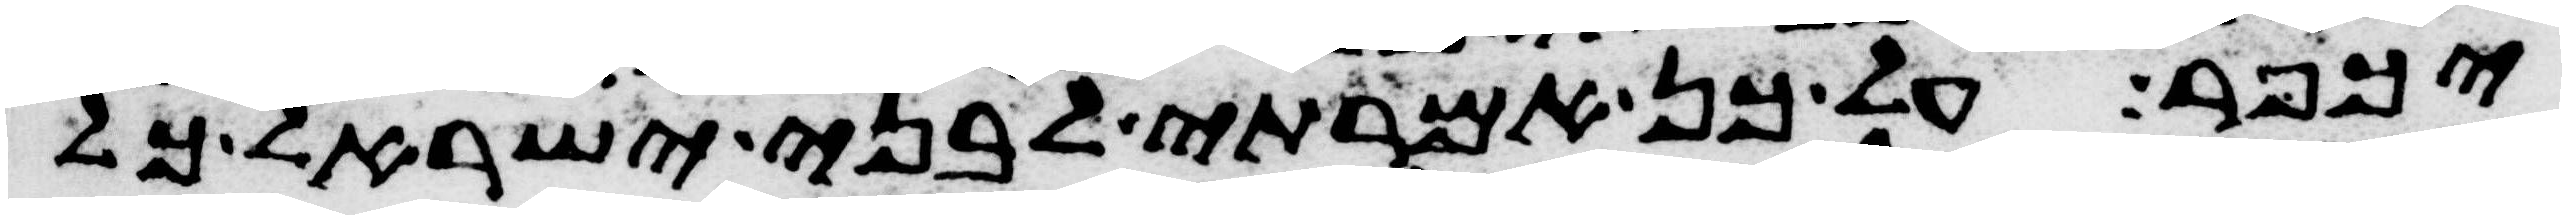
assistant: יכפר על כן אמרתי לבני ישראל כל